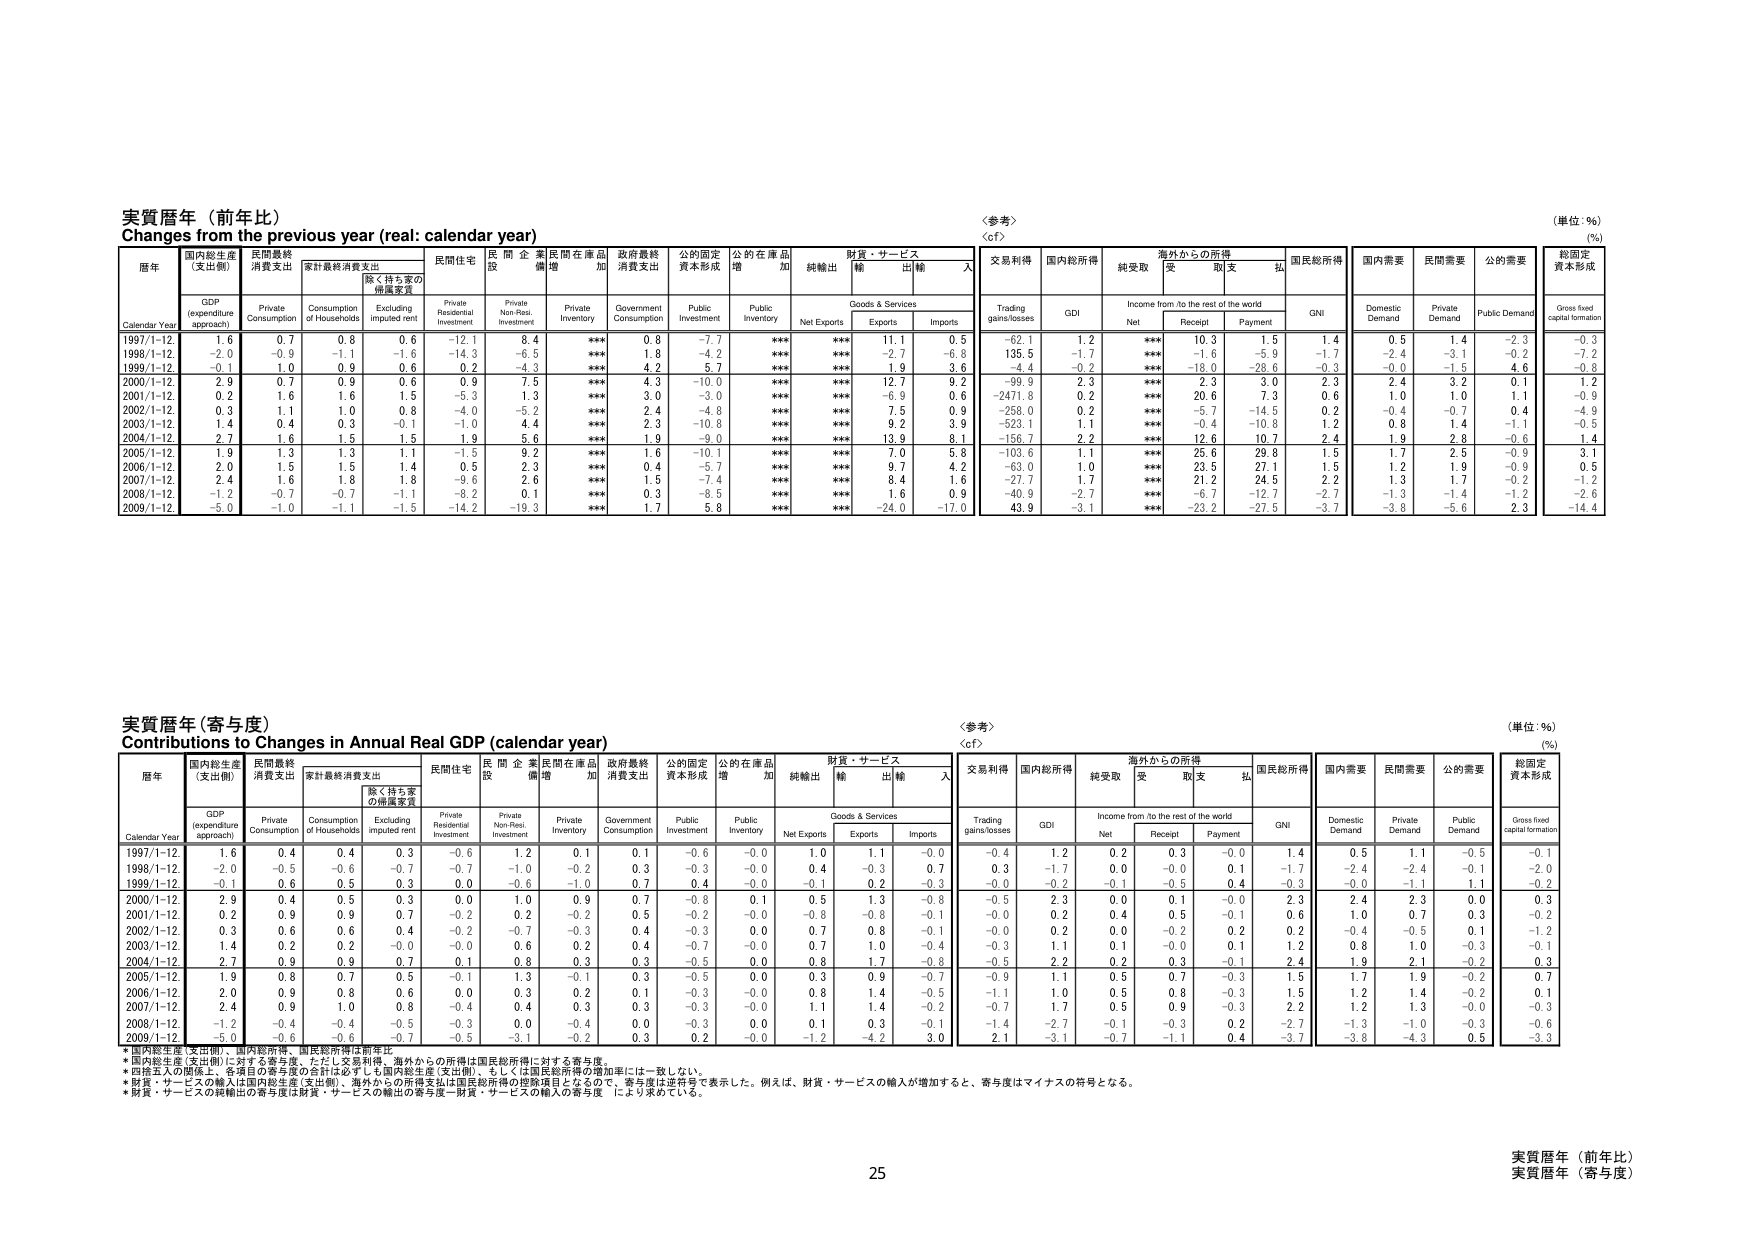
実質暦年（前年比）
Changes from the previous year (real: calendar year)
〈参考〉
〈cf〉
（単位：％）
（%）

暦年
国内総生産（支出側）
民間最終消費支出
家計最終消費支出
除く持ち家の帰属家賃
民間住宅
民間企業
民間在庫品
政府最終消費支出
公的固定資本形成
公的在庫品
財貨・サービス
純輸出
輸入
交易利得
国内総所得
純受取
海外からの所得
国民総所得
国内需要
民間需要
公的需要
総固定資本形成

Calendar Year
GDP (expenditure approach)
Private Consumption
Consumption of Households
Excluding imputed rent
Private Residential Investment
Private Non-Resi. Investment
Private Inventory
Government Consumption
Public Investment
Public Inventory
Net Exports
Goods & Services
Exports
Imports
Trading gains/losses
GDI
Income from /to the rest of the world
Net
Receipt
Payment
GNI
Domestic Demand
Private Demand
Public Demand
Gross fixed capital formation

1997/1-12.
1.6
0.7
0.8
0.6
-12.1
8.4
***
0.8
-7.7
***
***
11.1
0.5
-62.1
1.2
***
10.3
1.5
1.4
0.5
1.4
-2.3
-0.3

1998/1-12.
-2.0
-0.9
-1.1
-1.6
-14.3
-6.5
***
1.8
-4.2
***
***
-2.7
-6.8
135.5
-1.7
***
-1.6
-5.9
-1.7
-2.4
-3.1
-0.2
-7.2

1999/1-12.
-0.1
1.0
0.9
0.6
0.2
-4.3
***
4.2
5.7
***
***
1.9
3.6
-4.4
-0.2
***
-18.0
-28.6
-0.3
-0.0
-1.5
4.6
-0.8

2000/1-12.
2.9
0.7
0.9
0.6
0.9
7.5
***
4.3
-10.0
***
***
12.7
9.2
-99.9
2.3
***
2.3
-3.0
2.3
2.4
3.2
0.1
1.2

2001/1-12.
0.2
1.6
1.6
1.5
-5.3
1.3
***
3.0
-3.0
***
***
-6.9
0.6
-2471.8
0.2
***
20.6
7.3
0.6
1.0
1.0
1.1
-0.9

2002/1-12.
0.3
1.1
1.0
0.8
-4.0
-5.2
***
2.4
-4.8
***
***
7.5
0.9
-258.0
0.2
***
-5.7
-14.5
0.2
-0.4
-0.7
0.4
-4.9

2003/1-12.
1.4
0.4
0.3
-0.1
-1.0
4.4
***
2.3
-10.8
***
***
9.2
3.9
-523.1
1.1
***
-0.4
-10.8
1.2
0.8
1.4
-1.1
-0.5

2004/1-12.
2.7
1.6
1.5
1.5
1.9
5.6
***
1.9
-9.0
***
***
13.9
8.1
-156.7
2.2
***
12.6
10.7
2.4
1.9
2.8
-0.6
1.4

2005/1-12.
1.9
1.3
1.3
1.1
-1.5
9.2
***
1.6
-10.1
***
***
7.0
5.8
-103.6
1.1
***
25.6
29.8
1.5
1.7
2.5
-0.9
3.1

2006/1-12.
2.0
1.5
1.5
1.4
0.5
2.3
***
0.4
-5.7
***
***
9.7
4.2
-63.0
1.0
***
23.5
27.1
1.5
1.2
1.9
-0.9
0.5

2007/1-12.
2.4
1.6
1.8
1.8
-9.6
2.6
***
1.5
-7.4
***
***
8.4
1.6
-27.7
1.7
***
21.2
24.5
2.2
1.3
1.7
-0.2
-1.2

2008/1-12.
-1.2
-0.7
-0.7
-1.1
-8.2
0.1
***
0.3
-8.5
***
***
1.6
0.9
-40.9
-2.7
***
-6.7
-12.7
-2.7
-1.3
-1.4
-1.2
-2.6

2009/1-12.
-5.0
-1.0
-1.1
-1.5
-14.2
-13.3
***
1.7
5.8
***
***
-24.0
-17.0
43.9
-3.1
***
-23.2
-27.3
-3.7
-3.8
-5.6
2.3
-14.4

実質暦年（寄与度）
Contributions to Changes in Annual Real GDP (calendar year)
〈参考〉
〈cf〉
（単位：％）
（%）

暦年
国内総生産（支出側）
民間最終消費支出
家計最終消費支出
除く持ち家の帰属家賃
民間住宅
民間企業
民間在庫品
政府最終消費支出
公的固定資本形成
公的在庫品
財貨・サービス
純輸出
輸入
交易利得
国内総所得
純受取
海外からの所得
国民総所得
国内需要
民間需要
公的需要
総固定資本形成

Calendar Year
GDP (expenditure approach)
Private Consumption
Consumption of Households
Excluding imputed rent
Private Residential Investment
Private Non-Resi. Investment
Private Inventory
Government Consumption
Public Investment
Public Inventory
Net Exports
Goods & Services
Exports
Imports
Trading gains/losses
GDI
Income from /to the rest of the world
Net
Receipt
Payment
GNI
Domestic Demand
Private Demand
Public Demand
Gross fixed capital formation

1997/1-12.
1.6
0.4
0.4
0.3
-0.6
1.2
0.1
0.1
-0.6
-0.0
1.0
1.1
-0.0
-0.4
1.2
0.2
0.3
-0.0
1.4
0.5
1.1
-0.5
-0.1

1998/1-12.
-2.0
-0.5
-0.6
-0.7
-0.7
-1.0
-0.2
0.3
-0.3
-0.0
0.4
-0.3
0.7
0.3
-1.7
0.0
-0.0
0.1
-1.7
-2.4
-2.4
-0.1
-2.0

1999/1-12.
-0.1
0.6
0.5
0.3
0.0
-0.6
-1.0
0.7
0.4
-0.0
-0.1
0.2
-0.3
-0.0
-0.2
-0.1
-0.5
0.4
-0.3
-0.0
-1.1
1.1
-0.2

2000/1-12.
2.9
0.4
0.5
0.3
0.0
1.0
0.9
0.7
-0.8
0.1
0.5
1.3
-0.8
-0.5
2.3
0.0
0.1
-0.0
2.3
2.4
2.3
0.0
0.3

2001/1-12.
0.2
0.9
0.9
0.7
-0.2
0.2
-0.2
0.5
-0.2
-0.0
-0.8
-0.8
-0.1
-0.0
0.2
0.4
0.5
-0.1
0.6
1.0
0.7
0.3
-0.2

2002/1-12.
0.3
0.6
0.6
0.4
-0.2
-0.7
-0.3
0.4
-0.3
0.0
0.7
0.8
-0.1
-0.0
0.2
0.0
-0.2
0.2
0.2
-0.4
-0.5
0.1
-1.2

2003/1-12.
1.4
0.2
0.2
-0.0
-0.0
0.6
0.2
0.4
-0.7
-0.0
0.7
1.0
-0.4
-0.3
1.1
0.1
-0.0
0.1
1.2
0.8
1.0
-0.3
-0.1

2004/1-12.
2.7
0.9
0.9
0.7
0.1
0.8
0.3
0.3
-0.5
0.0
0.8
1.7
-0.8
-0.5
2.2
0.2
0.3
-0.1
2.4
1.9
2.1
-0.2
0.3

2005/1-12.
1.9
0.8
0.7
0.5
-0.1
1.3
-0.1
0.3
-0.5
0.0
0.3
0.9
-0.7
-0.9
1.1
0.5
0.7
-0.3
1.5
1.7
1.9
-0.2
0.7

2006/1-12.
2.0
0.9
0.8
0.6
0.0
0.3
0.2
0.1
-0.3
-0.0
0.8
1.4
-0.5
-1.1
1.0
0.5
0.8
-0.3
1.5
1.2
1.4
-0.2
0.1

2007/1-12.
2.4
0.9
1.0
0.8
-0.4
0.4
0.3
0.3
-0.3
-0.0
1.1
1.4
-0.2
-0.7
1.7
0.5
0.9
-0.3
2.2
1.2
1.3
-0.0
-0.3

2008/1-12.
-1.2
-0.4
-0.4
-0.5
-0.3
0.0
-0.4
0.0
-0.3
0.0
0.1
0.3
-0.1
-1.4
-2.7
-0.1
-0.3
0.2
-2.7
-1.3
-1.0
-0.3
-0.6

2009/1-12.
-5.0
-0.6
-0.6
-0.7
-0.5
-3.1
-0.2
0.3
0.2
-0.0
-1.2
-4.2
3.0
2.1
-3.1
-0.7
-1.1
0.4
-3.7
-3.8
-4.3
0.5
-3.3

*国内総生産（支出側）、国内総所得、国民総所得は前年比。
*国内総生産（支出側）に対する寄与度、ただし交易利得、海外からの所得は国民総所得に対する寄与度。
*四捨五入の関係上、各項目の寄与度の合計は必ずしも国内総生産（支出側）、もしくは国民総所得の増加率には一致しない。
*財貨・サービスの輸入は国内総生産（支出側）、海外からの所得支出は国民総所得の控除項目となるので、寄与度は逆符号で表示した。例えば、財貨・サービスの輸入が増加すると、寄与度はマイナスの符号となる。
*財貨・サービスの純輸出の寄与度は財貨・サービスの輸出の寄与度－財貨・サービスの輸入の寄与度 により求めている。

25
実質暦年（前年比）
実質暦年（寄与度）